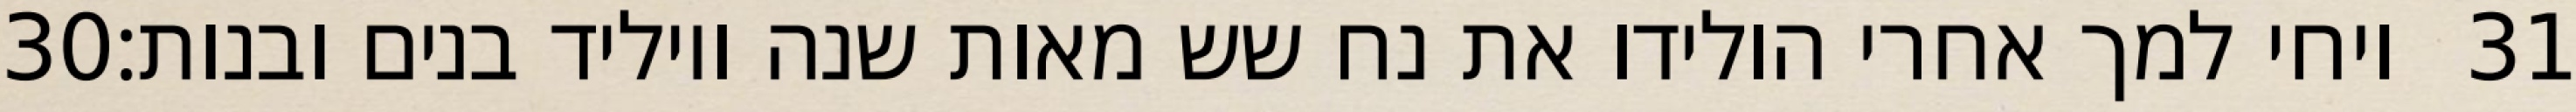
‎30‏ ויחי למך אחרי הולידו את נח שש מאות שנה ויוליד בנים ובנות׃ ‎31‏